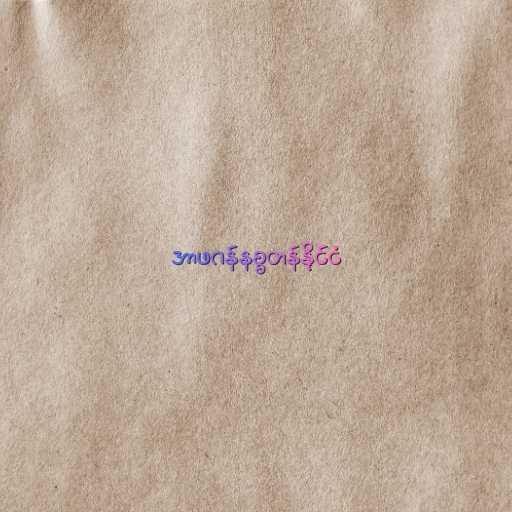
အာဖဂန်နစ္စတန်နိုင်ငံ